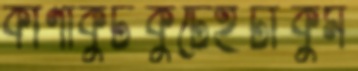
কাণাকুটকুটেইটাকুম